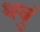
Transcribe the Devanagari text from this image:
थवुं